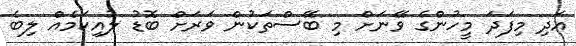
އަދި މިފަދަ މީހުންގެ ވޭނަށް މި ބޭސްތަކުން ވަރަށް ބޮޑު ލުއިކަމެއް ލިބެ